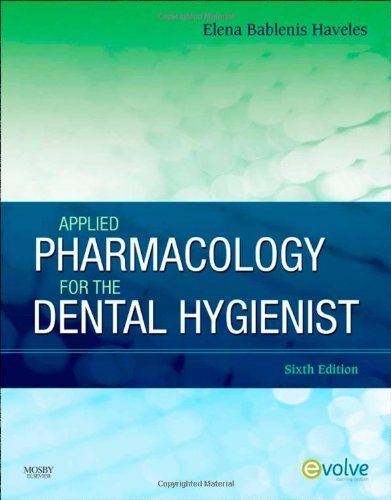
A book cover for Applied Pharmacology for the Dental Hygienist, 6e by Haveles BS Pharm Pharm D, Elena Bablenis 6th (sixth) Edition [Paperback(2010)]; Medical Books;